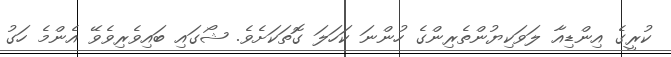
ކުރީގެ އިންޑިއާ ލަވަކިޔުންތެރިންގެ ހުންނަ ކަހަލަ ގޮތަކަށެވެ. ޝޯގައި ބައިވެރިވެވޭ އެންމެ ހަގު